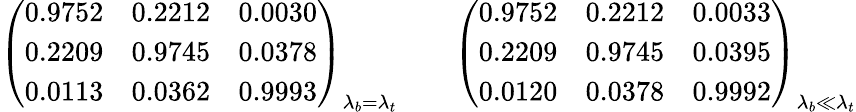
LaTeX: \left(\begin{array}{ccc}{{0.9752}}&{{0.2212}}&{{0.0030}}\\ {{0.2209}}&{{0.9745}}&{{0.0378}}\\ {{0.0113}}&{{0.0362}}&{{0.9993}}\end{array}\right)_{\lambda_{b}=\lambda_{t}}\qquad\left(\begin{array}{ccc}{{0.9752}}&{{0.2212}}&{{0.0033}}\\ {{0.2209}}&{{0.9745}}&{{0.0395}}\\ {{0.0120}}&{{0.0378}}&{{0.9992}}\end{array}\right)_{\lambda_{b}\ll\lambda_{t}}